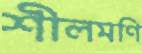
শীলমণি